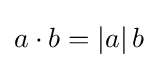
a\cdot b=|a|\,b